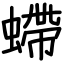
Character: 螮